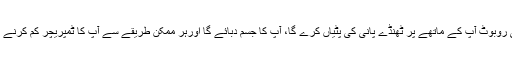
ایسے میں یہ جادوئی روبوٹ آپ کے ماتھے پر ٹھنڈے پانی کی پٹیاں کرے گا، آپ کا جسم دبائے گا اورہر ممکن طریقے سے آپ کا ٹمپریچر کم کرنے کی کوشش کرے گا۔